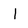
Character: l